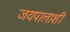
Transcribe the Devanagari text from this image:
जयपालाशी